Source: Handwritten
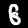
Digit: ၆ (6)